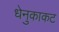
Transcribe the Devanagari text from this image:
धेनुकाकट